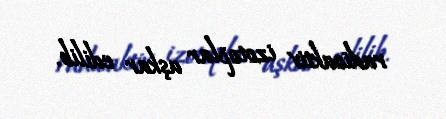
radioaktiv izotoplar aşkar edilib.